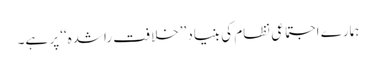
ہمارے اجتماعی نظام کی بنیاد ’’خلافت راشدہ‘‘ پر ہے۔